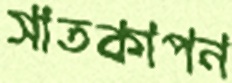
সাতকাপন